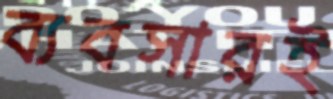
ব্যবসারই